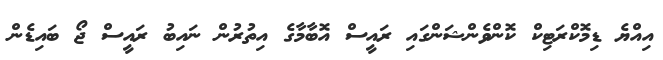
އިއްޔެ ޑިމޮކްރަޓިކް ކޮންވެންޝަންގައި ރައީސް އޮބާމާގެ އިތުރުން ނައިބު ރައީސް ޖޯ ބައިޑެން